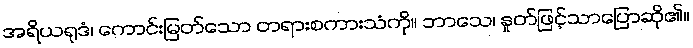
အရိယရုဒံ၊ ကောင်းမြတ်သော တရားစကားသံကို။ ဘာသေ၊ နှုတ်ဖြင့်သာပြောဆို၏။